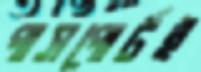
পাসপোর্টই